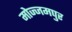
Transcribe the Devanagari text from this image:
मोज्जमपुर